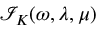
\mathcal { I } _ { K } ( \omega , \lambda , \mu )